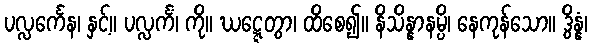
ပလ္လင်္ကေန၊ နှင့်။ ပလ္လင်္ကံ၊ ကို။ ဃဋ္ဋေတွာ၊ ထိစေ၍။ နိသိန္နာနမ္ပိ၊ နေကုန်သော။ ဒွိန္နံ၊